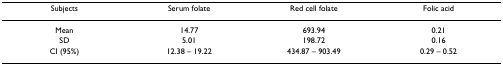
<table><thead><tr><td><b>Subjects</b></td><td><b>Serum folate</b></td><td><b>Red cell folate</b></td><td><b>Folic acid</b></td></tr></thead><tbody><tr><td>Mean</td><td>14.77</td><td>693.94</td><td>0.21</td></tr><tr><td>SD</td><td>5.01</td><td>198.72</td><td>0.16</td></tr><tr><td>CI (95%)</td><td>12.38 – 19.22</td><td>434.87 – 903.49</td><td>0.29 – 0.52</td></tr></tbody></table>